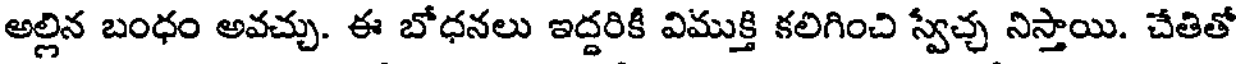
అల్లిన బంధం అవచ్చు. ఈ బోధనలు ఇద్దరికీ విముక్తి కలిగించి స్వేచ్చ నిస్తాయి. చేతితో